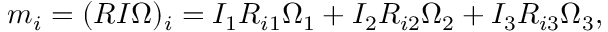
\begin{array} { r } { m _ { i } = ( R I \boldsymbol { \Omega } ) _ { i } = I _ { 1 } R _ { i 1 } \Omega _ { 1 } + I _ { 2 } R _ { i 2 } \Omega _ { 2 } + I _ { 3 } R _ { i 3 } \Omega _ { 3 } , } \end{array}